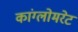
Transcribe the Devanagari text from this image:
कांग्लोमरेट